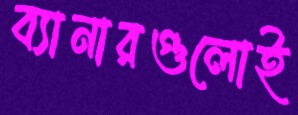
ব্যানারগুলোই